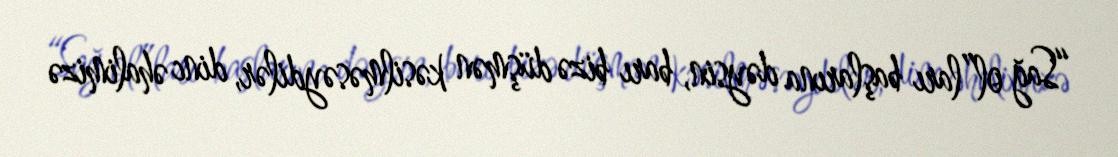
“Sağ ol”ları başlarına dəysin, barı bizə düşmən kəsilməsəydilər, dinc əhalimizə